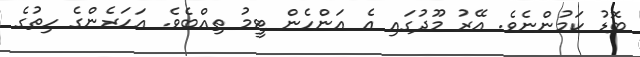
ބޮޑު ކަމުންނެވެ. އޭރު މޫދުގައި އެ އަންހެން ޓީމު ތިއްބެވެ. އަހަރެންގެ ހިތުގެ